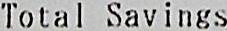
TOTAL SAVINGS